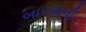
બારણાની